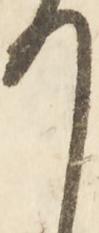
ほ